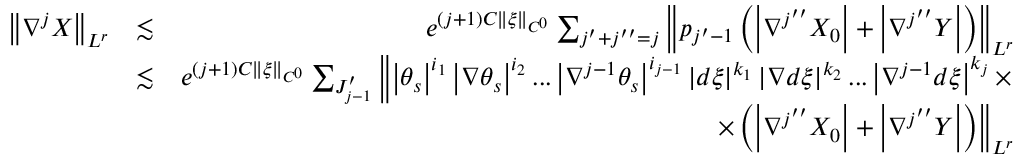
\begin{array} { r l r } { \left\Vert \nabla ^ { j } X \right\Vert _ { L ^ { r } } } & { \lesssim } & { e ^ { \left( j + 1 \right) C \left\Vert \xi \right\Vert _ { C ^ { 0 } } } \sum _ { j ^ { \prime } + j ^ { \prime \prime } = j } \left\Vert p _ { j ^ { \prime } - 1 } \left( \left\vert \nabla ^ { j ^ { \prime \prime } } X _ { 0 } \right\vert + \left\vert \nabla ^ { j ^ { \prime \prime } } Y \right\vert \right) \right\Vert _ { L ^ { r } } } \\ & { \lesssim } & { e ^ { \left( j + 1 \right) C \left\Vert \xi \right\Vert _ { C ^ { 0 } } } \sum _ { J _ { j - 1 } ^ { \prime } } \left\Vert \left\vert \theta _ { s } \right\vert ^ { i _ { 1 } } \left\vert \nabla \theta _ { s } \right\vert ^ { i _ { 2 } } . . . \left\vert \nabla ^ { j - 1 } \theta _ { s } \right\vert ^ { i _ { j - 1 } } \left\vert d \xi \right\vert ^ { k _ { 1 } } \left\vert \nabla d \xi \right\vert ^ { k _ { 2 } } . . . \left\vert \nabla ^ { j - 1 } d \xi \right\vert ^ { k _ { j } } \times \right. } \\ & { } & { \left. \times \left( \left\vert \nabla ^ { j ^ { \prime \prime } } X _ { 0 } \right\vert + \left\vert \nabla ^ { j ^ { \prime \prime } } Y \right\vert \right) \right\Vert _ { L ^ { r } } } \end{array}